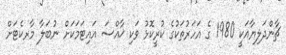
ޗާންދަލިޔާއަކީ 1980 ގެ އަހަރުތަކުގެ ކުރީކޮޅު ވަކި ޚާއްސަ އައިޓަމަކަށް ނުބަލާ މާރކެޓަށް